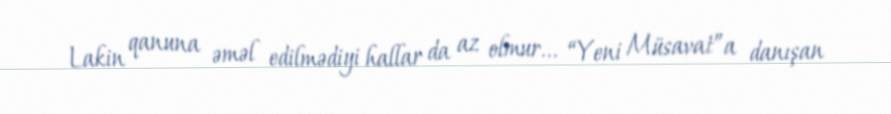
Lakin qanuna əməl edilmədiyi hallar da az olmur... “Yeni Müsavat”a danışan